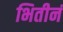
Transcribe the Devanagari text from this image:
भितीनं